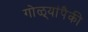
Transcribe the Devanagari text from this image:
गोळ्यांपैकी